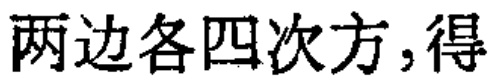
两边各四次方,得